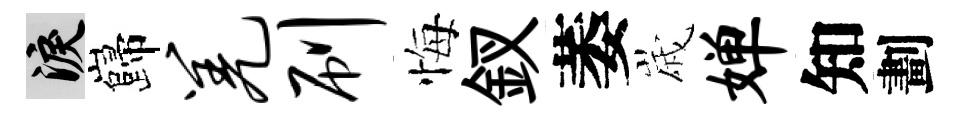
泪巋羌刷悔釵萎𡻕婵知劃